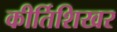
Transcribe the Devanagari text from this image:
कीर्तिशिखर